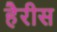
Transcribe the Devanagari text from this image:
हैरीस